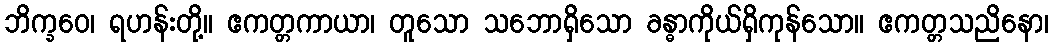
ဘိက္ခဝေ၊ ရဟန်းတို့။ ဧကတ္တကာယာ၊ တူသော သဘောရှိသော ခန္ဓာကိုယ်ရှိကုန်သော။ ဧကတ္တသညိနော၊